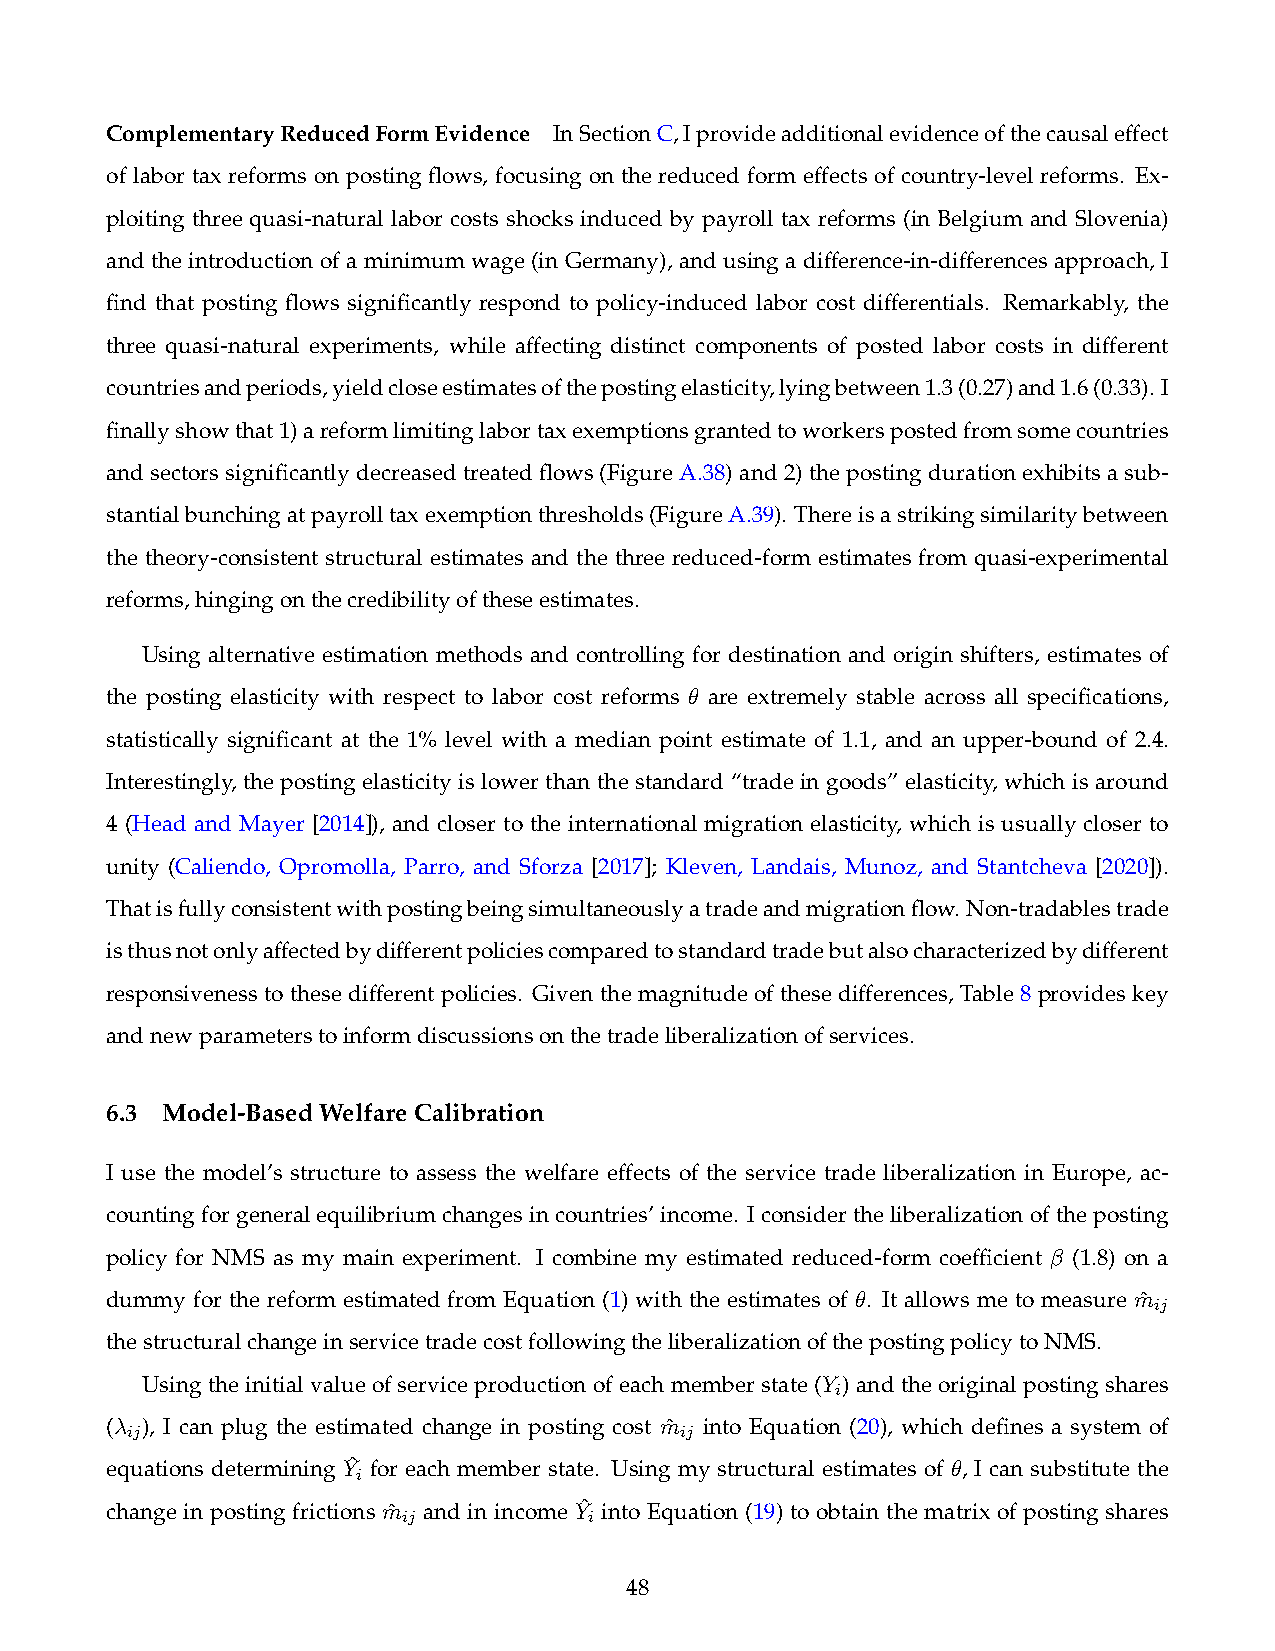
ComplementaryReducedFormEvidence InSectionC,Iprovideadditionalevidenceofthecausaleffect
 of labor tax reforms on posting flows, focusing on the reduced form effects of country-level reforms. Ex-
 ploiting three quasi-natural labor costs shocks induced by payroll tax reforms (in Belgium and Slovenia)
 and the introduction of a minimum wage (in Germany), and using a difference-in-differences approach, I
 find that posting flows significantly respond to policy-induced labor cost differentials. Remarkably, the
 three quasi-natural experiments, while affecting distinct components of posted labor costs in different
 countriesandperiods,yieldcloseestimatesofthepostingelasticity,lyingbetween1.3(0.27)and1.6(0.33). I
 finallyshowthat1)areformlimitinglabortaxexemptionsgrantedtoworkerspostedfromsomecountries
 and sectors significantly decreased treated flows (Figure A.38) and 2) the posting duration exhibits a sub-
 stantialbunchingatpayrolltaxexemptionthresholds(FigureA.39). Thereisastrikingsimilaritybetween
 the theory-consistent structural estimates and the three reduced-form estimates from quasi-experimental
 reforms,hingingonthecredibilityoftheseestimates.
 Using alternative estimation methods and controlling for destination and origin shifters, estimates of
 the posting elasticity with respect to labor cost reforms ✓ are extremely stable across all specifications,
 statistically significant at the 1% level with a median point estimate of 1.1, and an upper-bound of 2.4.
 Interestingly, the posting elasticity is lower than the standard “trade in goods” elasticity, which is around
 4 (Head and Mayer [2014]), and closer to the international migration elasticity, which is usually closer to
 unity (Caliendo, Opromolla, Parro, and Sforza [2017]; Kleven, Landais, Munoz, and Stantcheva [2020]).
 Thatisfullyconsistentwithpostingbeingsimultaneouslyatradeandmigrationflow. Non-tradablestrade
 isthusnotonlyaffectedbydifferentpoliciescomparedtostandardtradebutalsocharacterizedbydifferent
 responsiveness to these different policies. Given the magnitude of these differences, Table 8 provides key
 andnewparameterstoinformdiscussionsonthetradeliberalizationofservices.
 6.3 Model-BasedWelfareCalibration
 I use the model’s structure to assess the welfare effects of the service trade liberalization in Europe, ac-
 countingforgeneralequilibriumchangesincountries’income. Iconsidertheliberalizationoftheposting
 policy for NMS as my main experiment. I combine my estimated reduced-form coefficient  (1.8) on a
 dummy for the reform estimated from Equation (1) with the estimates of ✓. It allows me to measure mˆ
 ij
 thestructuralchangeinservicetradecostfollowingtheliberalizationofthepostingpolicytoNMS.
 Using the initial value of service production of each member state (Y ) and the original posting shares
 i
 ( ), I can plug the estimated change in posting cost mˆ into Equation (20), which defines a system of
 ij                                   ij
 equations determining Yˆ for each member state. Using my structural estimates of ✓, I can substitute the
 i
 change in posting frictions mˆ and in income Yˆ into Equation (19) to obtain the matrix of posting shares
 ij          i
 48